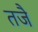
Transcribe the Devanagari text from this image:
तजै